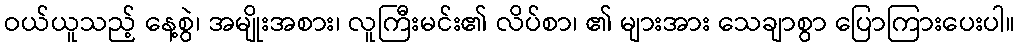
ဝယ်ယူသည့် နေ့စွဲ၊ အမျိုးအစား၊ လူကြီးမင်း၏ လိပ်စာ၊ ၏ များအား သေချာစွာ ပြောကြားပေးပါ။